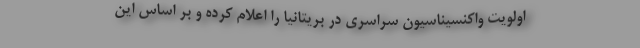
اولویت واکنسیناسیون سراسری در بریتانیا را اعلام کرده و بر اساس این